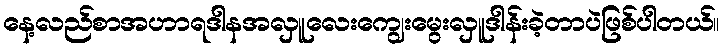
နေ့လည်စာအဟာရဒါနအလှူလေးကျွေးမွေးလှူဒါန်းခဲ့တာပဲဖြစ်ပါတယ်။